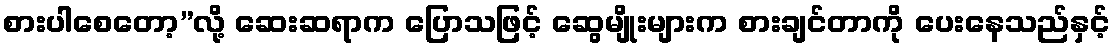
စားပါစေတော့”လို့ ဆေးဆရာက ပြောသဖြင့် ဆွေမျိုးများက စားချင်တာကို ပေးနေသည်နှင့်